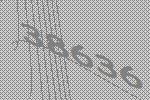
38636